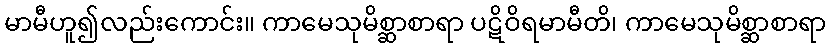
မာမီဟူ၍လည်းကောင်း။ ကာမေသုမိစ္ဆာစာရာ ပဋိဝိရမာမီတိ၊ ကာမေသုမိစ္ဆာစာရာ